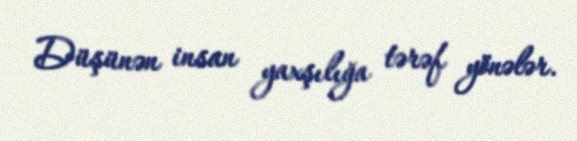
Düşünən insan yaxşılığa tərəf yönələr.